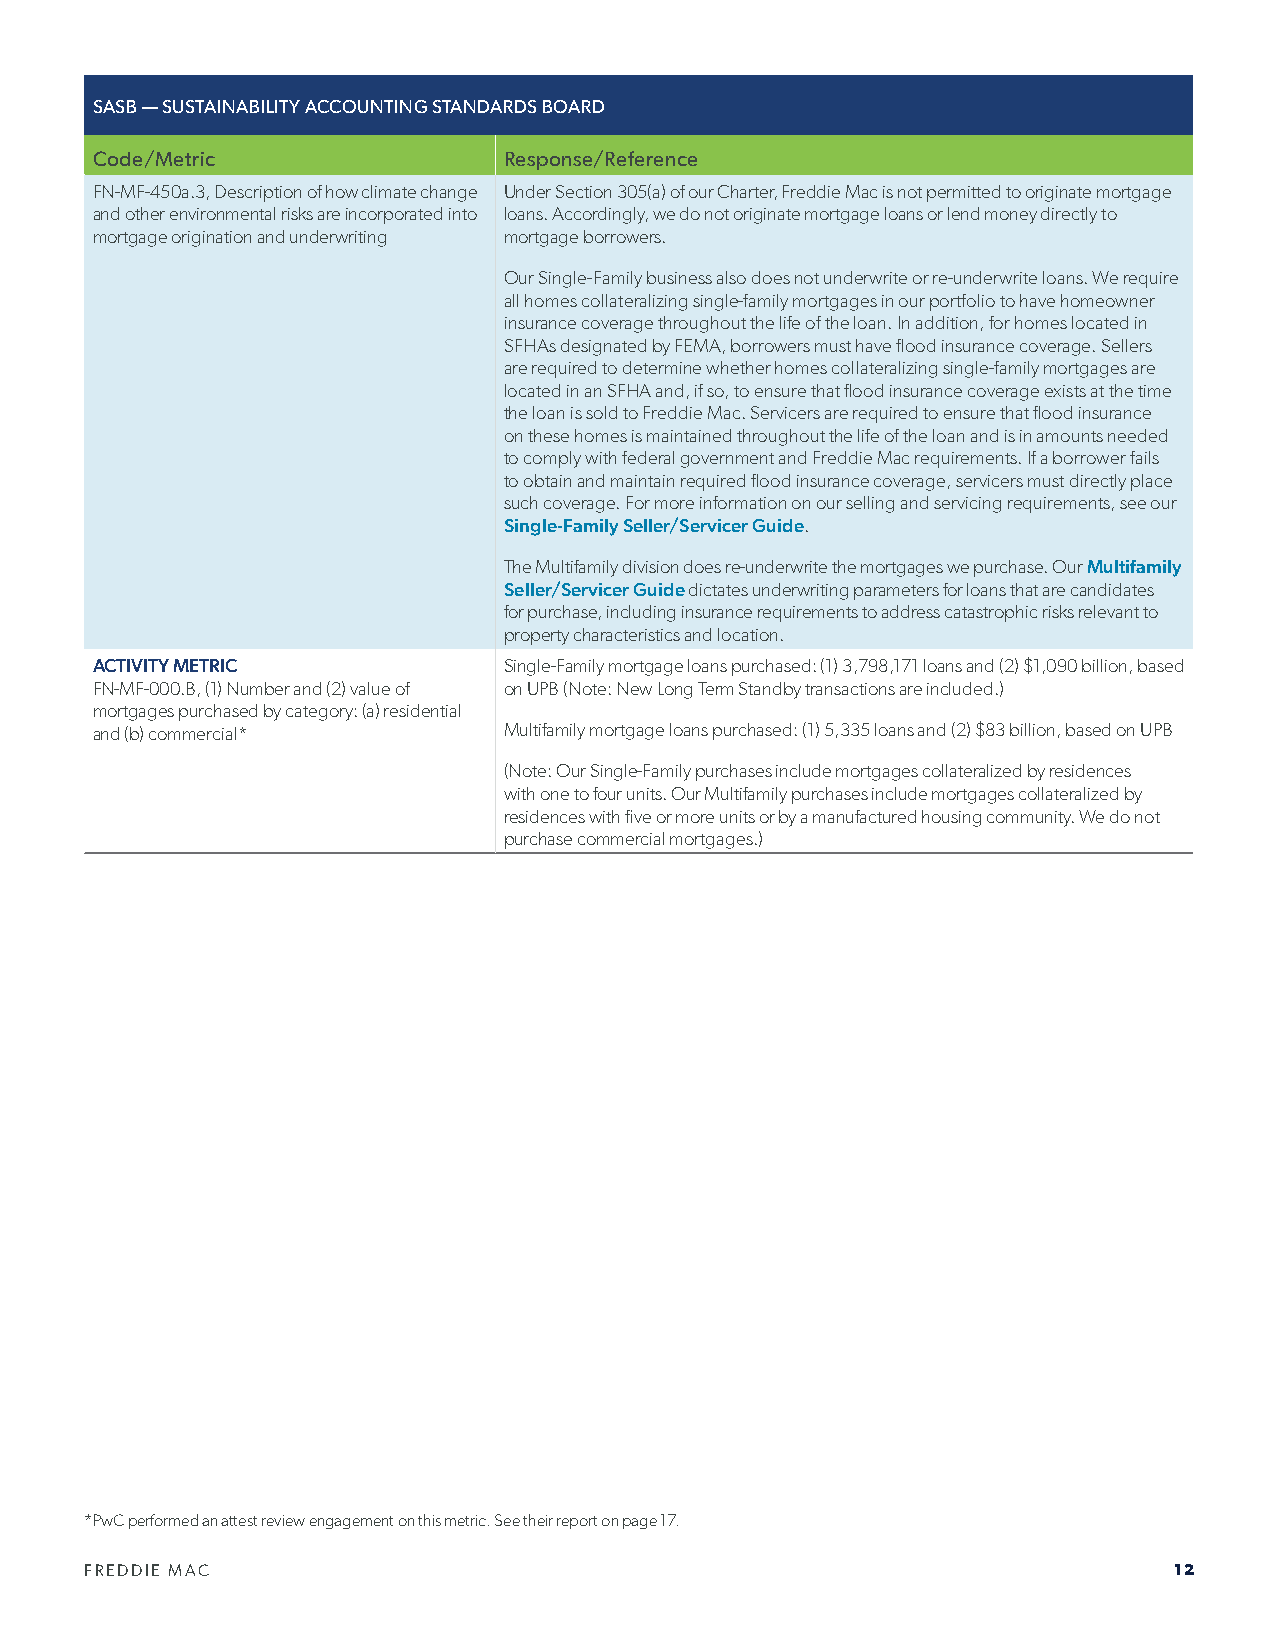
SASB — SUSTAINABILITY ACCOUNTING STANDARDS BOARD
 Code/Metric                Response/Reference
 FN-MF-450a.3, Description of how climate change Under Section 305(a) of our Charter, Freddie Mac is not permitted to originate mortgage
 and other environmental risks are incorporated into loans. Accordingly, we do not originate mortgage loans or lend money directly to
 mortgage origination and underwriting mortgage borrowers.
 Our Single-Family business also does not underwrite or re-underwrite loans. We require
 all homes collateralizing single-family mortgages in our portfolio to have homeowner
 insurance coverage throughout the life of the loan. In addition, for homes located in
 SFHAs designated by FEMA, borrowers must have flood insurance coverage. Sellers
 are required to determine whether homes collateralizing single-family mortgages are
 located in an SFHA and, if so, to ensure that flood insurance coverage exists at the time
 the loan is sold to Freddie Mac. Servicers are required to ensure that flood insurance
 on these homes is maintained throughout the life of the loan and is in amounts needed
 to comply with federal government and Freddie Mac requirements. If a borrower fails
 to obtain and maintain required flood insurance coverage, servicers must directly place
 such coverage. For more information on our selling and servicing requirements, see our
 Single-Family Seller/Servicer Guide.
 The Multifamily division does re-underwrite the mortgages we purchase. Our Multifamily
 Seller/Servicer Guide dictates underwriting parameters for loans that are candidates
 for purchase, including insurance requirements to address catastrophic risks relevant to
 property characteristics and location.
 ACTIVITY METRIC            Single-Family mortgage loans purchased: (1) 3,798,171 loans and (2) $1,090 billion, based
 FN-MF-000.B, (1) Number and (2) value of on UPB (Note: New Long Term Standby transactions are included.)
 mortgages purchased by category: (a) residential
 and (b) commercial*        Multifamily mortgage loans purchased: (1) 5,335 loans and (2) $83 billion, based on UPB
 (Note: Our Single-Family purchases include mortgages collateralized by residences
 with one to four units. Our Multifamily purchases include mortgages collateralized by
 residences with five or more units or by a manufactured housing community. We do not
 purchase commercial mortgages.)
 *PwC performed an attest review engagement on this metric. See their report on page 17.
 FREDDIE MAC                                                             12